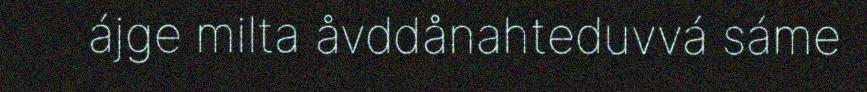
ájge milta åvddånahteduvvá sáme